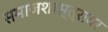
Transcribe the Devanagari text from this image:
समाजशास्त्रावर